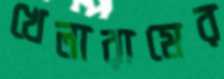
খেলারামের